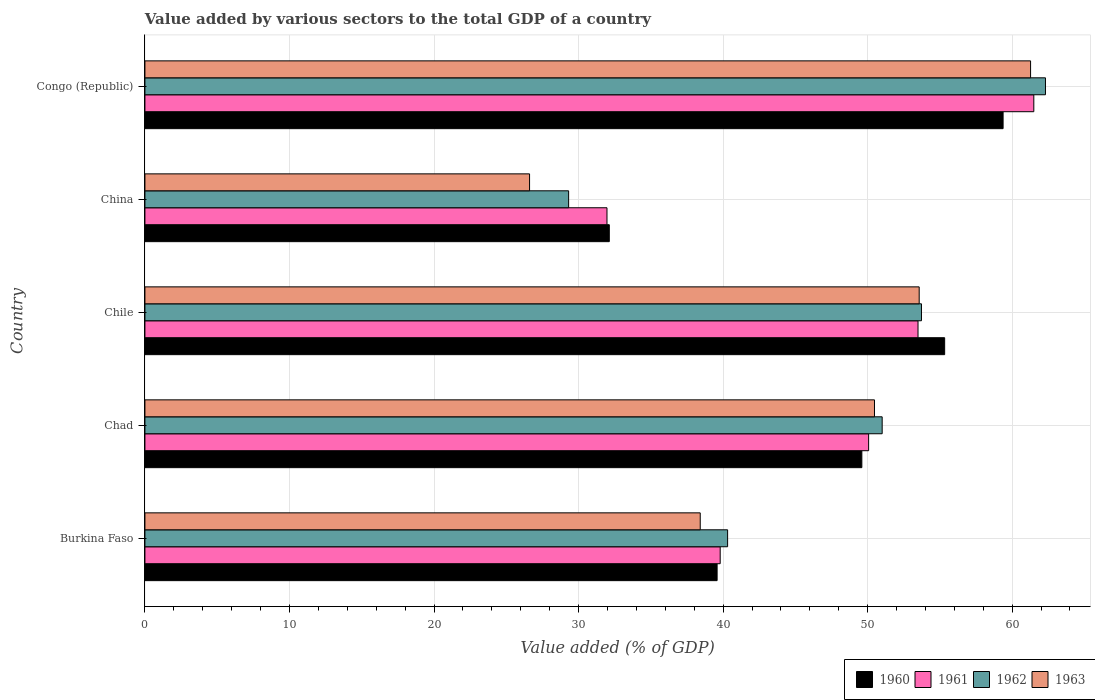
| Country | 1960 | 1961 | 1962 | 1963 |
 | --- | --- | --- | --- | --- |
 | Burkina Faso | 39.6 | 39.8 | 40.3 | 38.4 |
 | Chad | 49.6 | 50.1 | 51 | 50.5 |
 | Chile | 55.3 | 53.5 | 53.7 | 53.6 |
 | China | 32.1 | 32 | 29.3 | 26.6 |
 | Congo (Republic) | 59.4 | 61.5 | 62.3 | 61.3 |